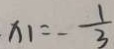
x _ { 1 } = - \frac { 1 } { 3 }